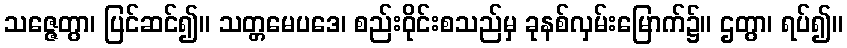
သဇ္ဇေတွာ၊ ပြင်ဆင်၍။ သတ္တမေပဒေ၊ စည်းဝိုင်းစသည်မှ ခုနစ်လှမ်းမြောက်၌။ ဌတွာ၊ ရပ်၍။